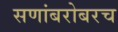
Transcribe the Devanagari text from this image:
सणांबरोबरच